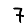
Digit: 7